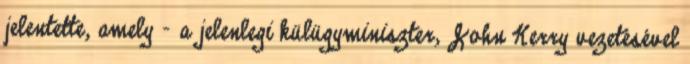
jelentette, amely – a jelenlegi külügyminiszter, John Kerry vezetésével